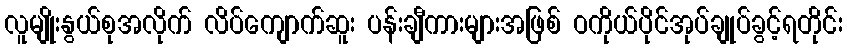
လူမျိုးနွယ်စုအလိုက် လိပ်ကျောက်ဆူး ပန်းချီကားများအဖြစ် ဝကိုယ်ပိုင်အုပ်ချုပ်ခွင့်ရတိုင်း